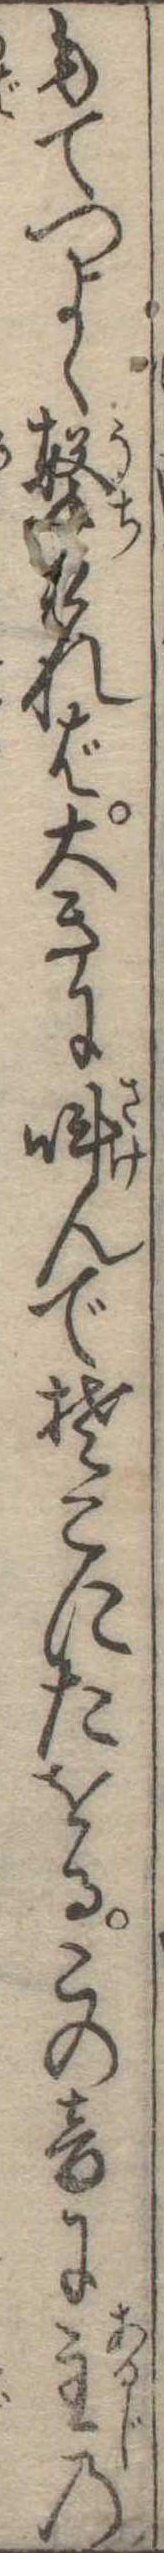
もてつよく撃ければ大きに叫んでそこにたをるこの音に主の